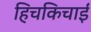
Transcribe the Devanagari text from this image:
हिचकिचाईं